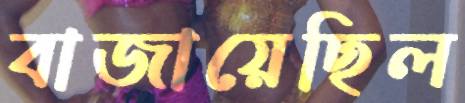
বাজায়েছিল